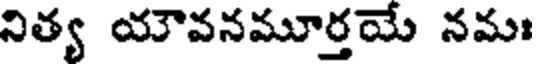
నిత్య యౌవనమూర్తయే నమః